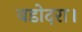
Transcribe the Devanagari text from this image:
वडोदरा।